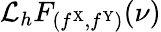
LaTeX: \mathcal{L}_{h}F_{(f^{\mathrm{X}},f^{\mathrm{Y}})}(\nu)